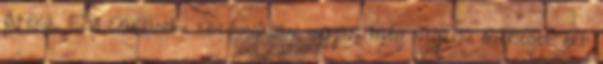
játéka. Első Oakland-i szezonjában ugyan még negatív mérleget ért